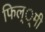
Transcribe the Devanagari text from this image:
फिल््मी